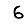
Digit: 6